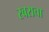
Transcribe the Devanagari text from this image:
रबराचा